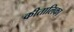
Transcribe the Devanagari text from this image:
कीतालिका